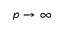
p \rightarrow \infty